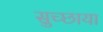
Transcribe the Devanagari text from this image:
सुच्छाया